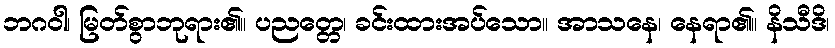
ဘဂဝါ၊ မြတ်စွာဘုရား၏။ ပညတ္တေ၊ ခင်းထားအပ်သော။ အာသနေ၊ နေရာ၏။ နိသီဒိ၊